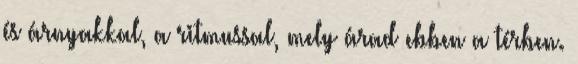
és árnyakkal, a ritmussal, mely árad ebben a térben.